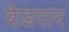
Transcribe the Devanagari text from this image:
बेडसर